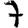
Digit: 7